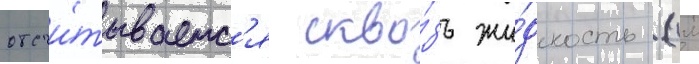
отсчи́тываетс'я скво́зь жи́дкость (см